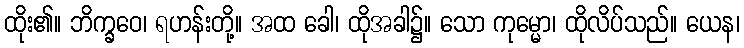
ထိုး၏။ ဘိက္ခဝေ၊ ရဟန်းတို့။ အထ ခေါ၊ ထိုအခါ၌။ သော ကုမ္မော၊ ထိုလိပ်သည်။ ယေန၊